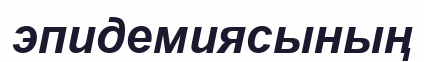
эпидемиясының